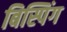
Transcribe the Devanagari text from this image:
बिस्पिंग